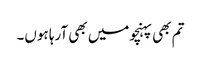
تم بھی پہنچومیں بھی آرہا ہوں۔